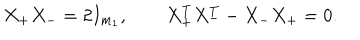
LaTeX: X _ { + } X _ { - } = 2 I _ { m _ { 1 } } , \qquad X _ { + } ^ { T } X _ { - } ^ { T } - X _ { - } X _ { + } = 0 .